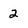
Character: 2